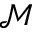
\mathcal M